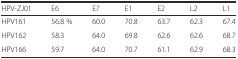
<table><thead><tr><td><b>HPV-ZJ01</b></td><td><b>E6</b></td><td><b>E7</b></td><td><b>E1</b></td><td><b>E2</b></td><td><b>L2</b></td><td><b>L1</b></td></tr></thead><tbody><tr><td>HPV161</td><td>56.8 %</td><td>60.0</td><td>70.8</td><td>63.7</td><td>62.3</td><td>67.4</td></tr><tr><td>HPV162</td><td>58.3</td><td>64.0</td><td>69.8</td><td>62.6</td><td>62.6</td><td>68.7</td></tr><tr><td>HPV166</td><td>59.7</td><td>64.0</td><td>70.7</td><td>61.1</td><td>62.9</td><td>68.3</td></tr></tbody></table>